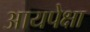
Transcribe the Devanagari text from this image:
आयपेक्षा